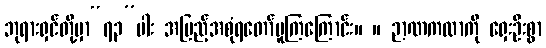
ဘုရားရှင်တို့မှာ“၇၃”ပါး အပြည့်အစုံရတော်မူကြကြောင်း။ ။ ဉာဏကထာကို ရှေးဦးစွာ